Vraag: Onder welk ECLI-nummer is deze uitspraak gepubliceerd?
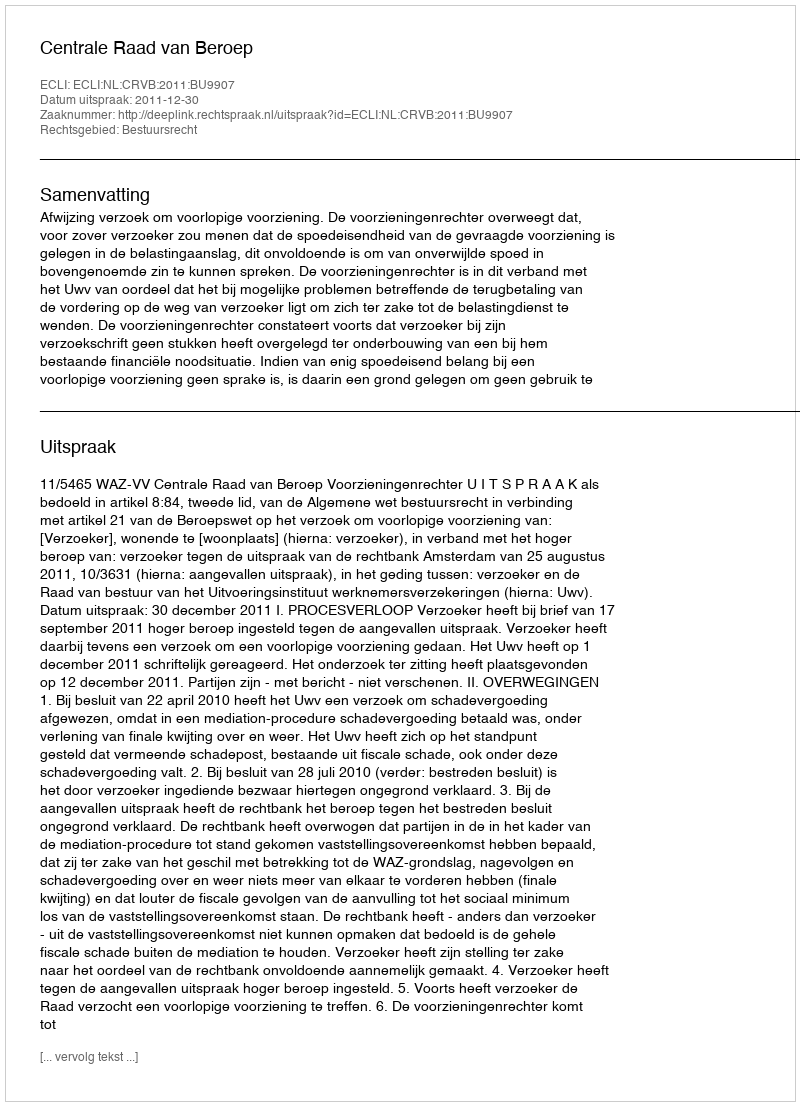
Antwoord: ECLI:NL:CRVB:2011:BU9907